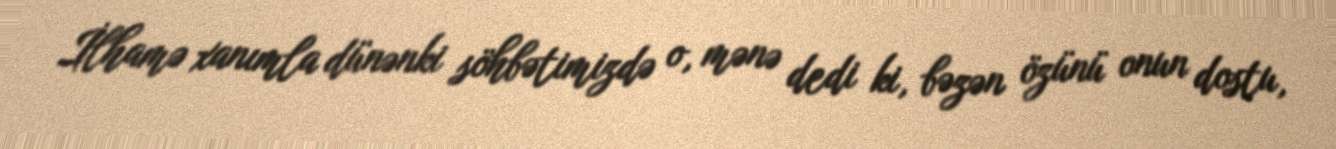
İlhamə xanımla dünənki söhbətimizdə o, mənə dedi ki, bəzən özünü onun dostu,